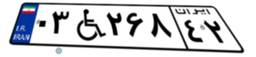
۰۳W۲۶۸۴۲